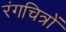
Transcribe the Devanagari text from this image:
रंगचित्रों